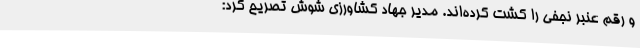
و رقم عنبر نجفی را کشت کرده‌اند. مدیر جهاد کشاورزی شوش تصریح کرد: